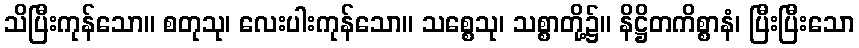
သိပြီးကုန်သော။ စတုသု၊ လေးပါးကုန်သော။ သစ္စေသု၊ သစ္စာတို့၌။ နိဋ္ဌိတကိစ္စာနံ၊ ပြီးပြီးသော